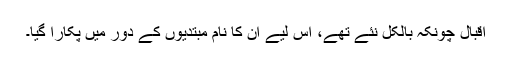
اقبال چونکہ بالکل نئے تھے، اس لیے ان کا نام مبتدیوں کے دور میں پُکارا گیا۔